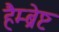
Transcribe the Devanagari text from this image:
हैम्ब्रेष्ट